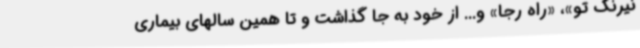
نیرنگ تو»، «راه رجا» و... از خود به جا گذاشت و تا همین سالهای بیماری